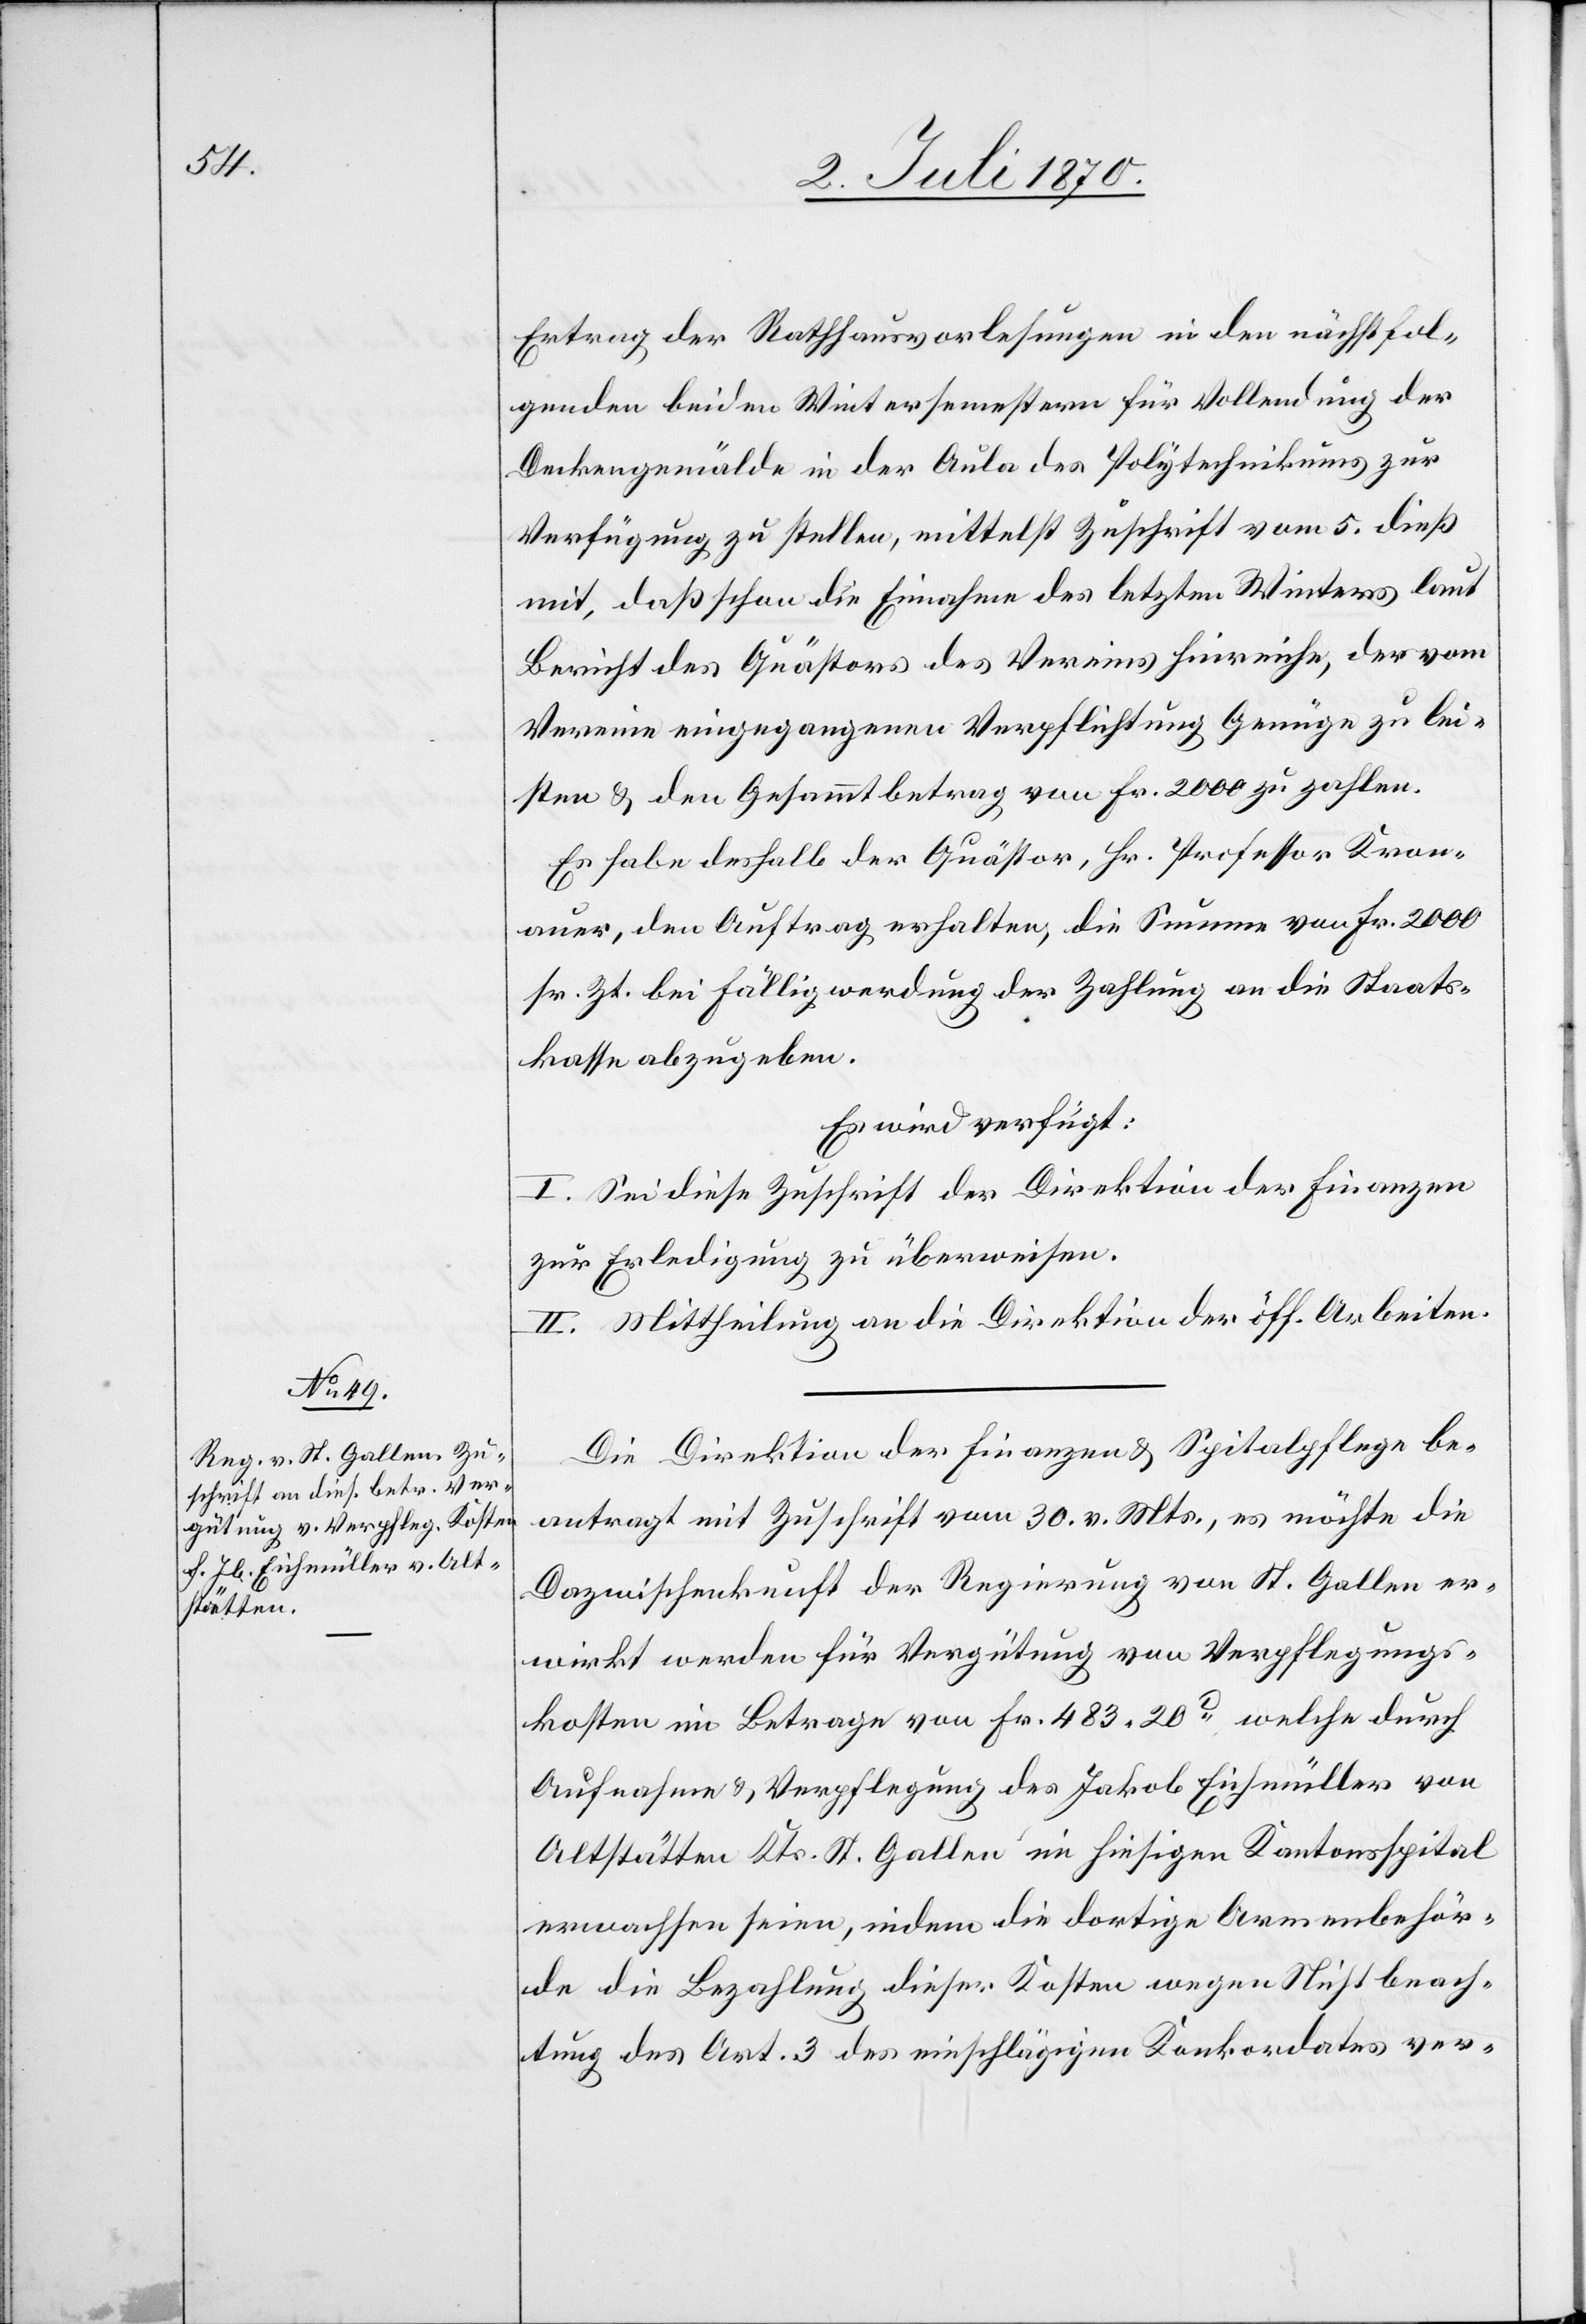
7. Juli 1870.]
Ertrag der Rathhausvorlesungen in den nächstfol¬
genden beiden Wintersemestern für Vollendung der
Deckengemälde in der Aula des Polytechnikums zur
Verfügung zu stellen, mittelst Zuschrift vom 5. dieß
mit, daß schon die Einnahme des letzten Winters laut
Bericht des Quästors des Vereins hinreiche, der vom
Vereine eingegangenen Verpflichtung Genüge zu lei¬
sten & den Gesammtbetrag von Fr. 2000 zu zahlen.
Es habe deshalb der Quästor, Hr. Professor Kron¬
auer, den Auftrag erhalten, die Summe von Fr. 2000
sr. Zt. bei Fälligwerdung der Zahlung an die Staats¬
kassa abzugeben.
Es wird verfügt:
I. Sei diese Zuschrift der Direktion der Finanzen
zur Erledigung zu überweisen.
II. Mittheilung an die Direktion der öff. Arbeiten.
Die Direktion der Finanzen & Spitalpflege be¬
antragt mit Zuschrift vom 30. v. Mts., es möchte die
Dazwischenkunft der Regierung von St. Gallen er¬
wirkt werden für Vergütung von Verpflegungs¬
kosten im Betrage von Fr. 483.20c, welche durch
Aufnahme und Verpflegung des Jakob Eichmüller von
Altstätten Kts. St. Gallen im hiesigen Kantonsspital
erwachsen seien, indem die dortige Armenbehör¬
de die Bezahlung dieser Kosten wegen Nichtbeach¬
tung des Art. 3 des einschlägigen Konkordates ver-